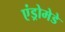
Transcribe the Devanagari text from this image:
एंड्रोमेडे